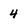
Character: 4